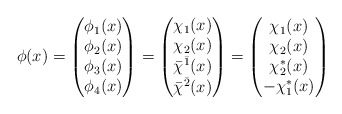
\begin{align*}\phi(x)=\begin{pmatrix}\phi_1(x)\\ \phi_2(x)\\ \phi_3(x)\\ \phi_4(x)\end{pmatrix}=\begin{pmatrix}\chi_1(x)\\ \chi_2(x)\\ \bar \chi^{\bar 1}(x)\\ \bar \chi^{\bar 2}(x)\end{pmatrix}=\begin{pmatrix}\chi_1(x)\\ \chi_2(x)\\ \chi_2^*(x)\\ -\chi_1^*(x) \end{pmatrix}\end{align*}